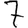
Digit: 7